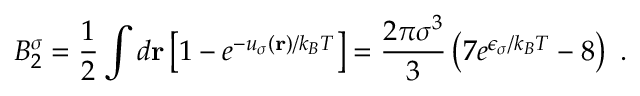
B _ { 2 } ^ { \sigma } = \frac { 1 } { 2 } \int d \mathbf { r } \left[ 1 - e ^ { - u _ { \sigma } ( \mathbf { r } ) / k _ { B } T } \right] = \frac { 2 \pi \sigma ^ { 3 } } { 3 } \left( 7 e ^ { \epsilon _ { \sigma } / k _ { B } T } - 8 \right) ~ .